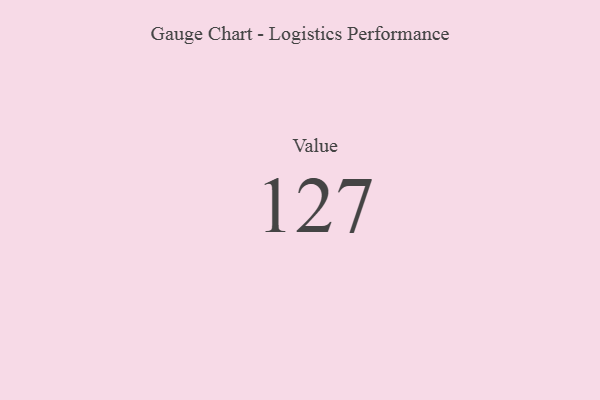
{"axis": {"x": "Metric", "y": "Value"}, "legend": [""], "data": [{"x": "Value", "y": 127, "type": ""}]}